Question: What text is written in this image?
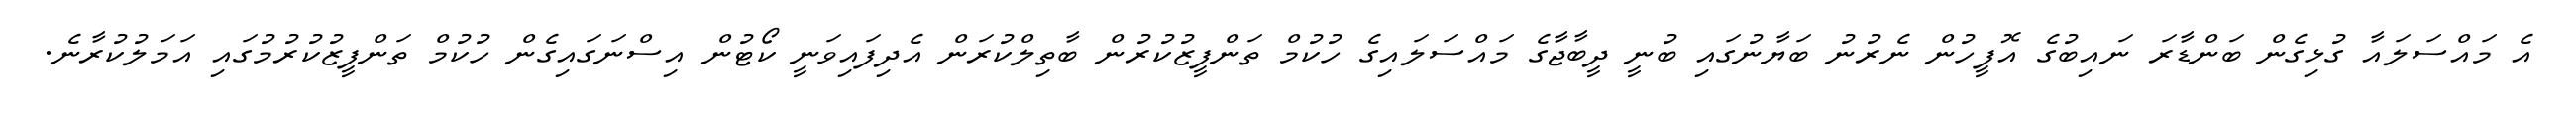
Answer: އެ މައްސަލައާ ގުޅިގެން ބަންޑާރަ ނައިބުގެ އޮފީހުން ނެރުނު ބަޔާނުގައި ބުނީ ދީބާޖާގެ މައްސަލައިގެ ހުކުމް ތަންފީޒުކުރުން ބާތިލްކުރަން އެދިފައިވަނީ ކޯޓުން އިސްނަގައިގެން ހުކުމް ތަންފީޒުކުރުމުގައި އަމަލުކުރާނެ.